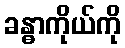
ခန္ဓာကိုယ်ကို